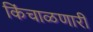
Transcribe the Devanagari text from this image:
किंचाळणारी